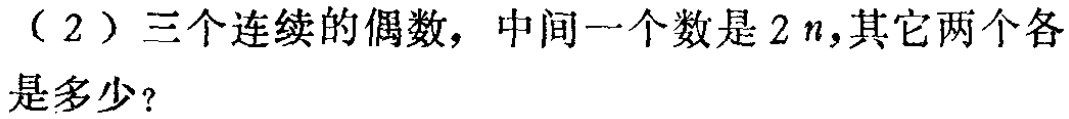
（2）三个连续的偶数，中间一个数是\(2n\)，其它两个各是多少？